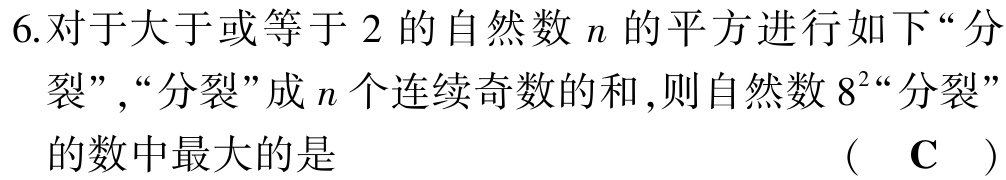
6.对于大于或等于 \(2\) 的自然数 \(n\) 的平方进行如下“分裂”,“分裂”成 \(n\) 个连续奇数的和,则自然数 \(8^{2}\)“分裂”的数中最大的是  （  \(\text{C}\)  ）